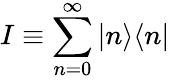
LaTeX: I\equiv\sum_{n=0}^{\infty}|n\rangle\langle n|